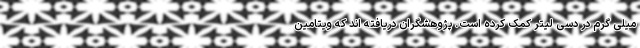
میلی گرم در دسی لیتر کمک کرده است. پژوهشگران دریافته اند که ویتامین